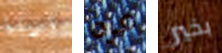
أرسلها مرة بخير